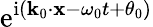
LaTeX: \mathrm{e}^{\mathrm{i}(\mathbf{k}_{0}\cdot\mathbf{x}-\omega_{0}t+\theta_{0})}